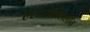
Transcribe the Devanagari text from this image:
ऐस्टेरोक्सिलॉन